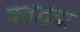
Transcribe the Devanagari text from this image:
क्तद्वद्म